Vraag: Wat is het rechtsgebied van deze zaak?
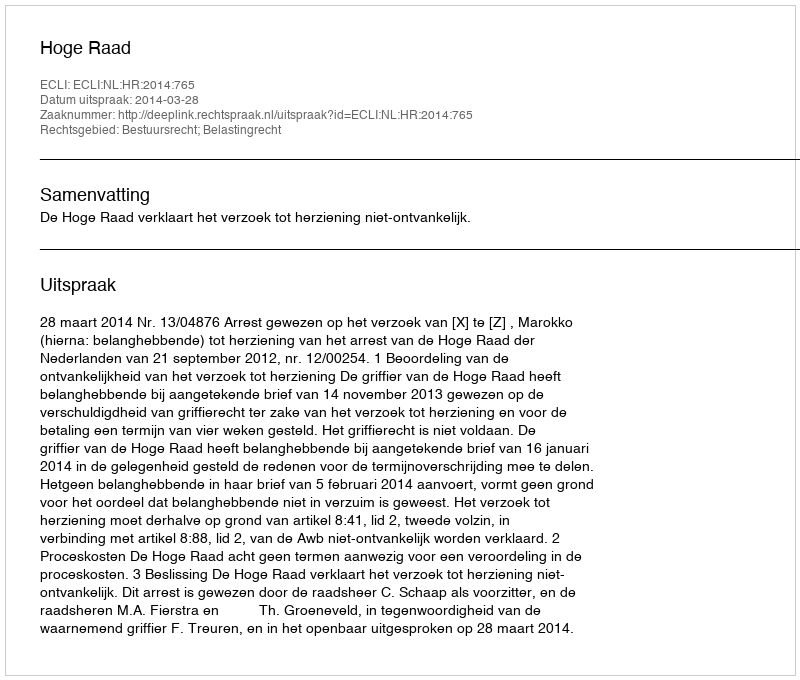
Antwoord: Bestuursrecht; Belastingrecht